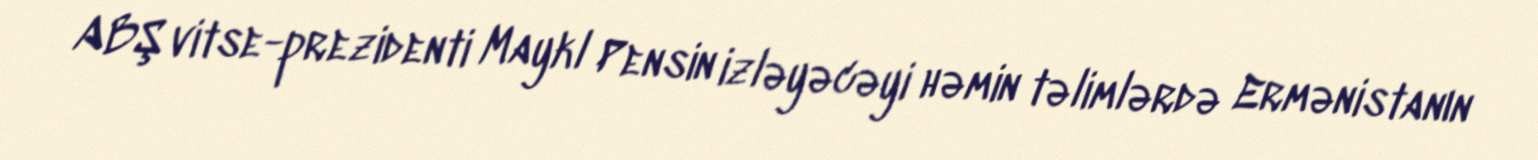
ABŞ vitse-prezidenti Maykl Pensin izləyəcəyi həmin təlimlərdə Ermənistanın